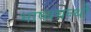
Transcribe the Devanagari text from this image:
भाष्यग्रन्थों